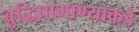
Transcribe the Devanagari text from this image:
बुद्धिप्रामाण्याकडे